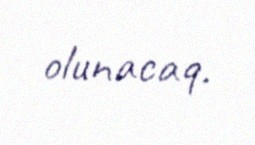
olunacaq.